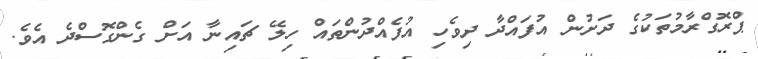
ޕްރޮގްރާމުތަކުގެ ދަށުން އުފައްދާ ދިވެހި އުފެއްދުންތައް ހިލޭ ޗައިނާ އަށް ގެންގޮސްދެ އެވެ.